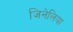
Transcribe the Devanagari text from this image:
जिनेलिया